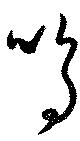
鳴